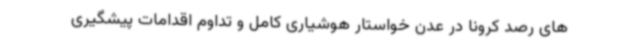
های رصد کرونا در عدن خواستار هوشیاری کامل و تداوم اقدامات پیشگیری